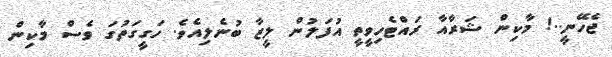
ޖެހޭނީ..! މާކިން ޝަރާއާ ރައްޓެހިވީތީ އުފަލުން ލީޒާ ބުނެލިއެވެ. ހަގީގަތުގަ ވެސް މާކިން